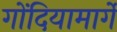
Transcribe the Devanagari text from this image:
गोंदियामार्गे